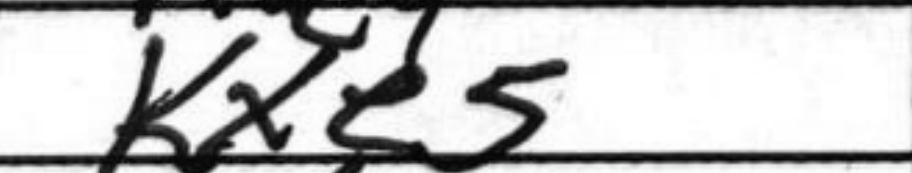
Transcription: Kxe5